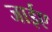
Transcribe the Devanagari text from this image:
जाईए